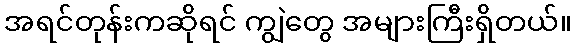
အရင်တုန်းကဆိုရင် ကျွဲတွေ အများကြီးရှိတယ်။